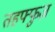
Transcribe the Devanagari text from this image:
तहफ्फुज़